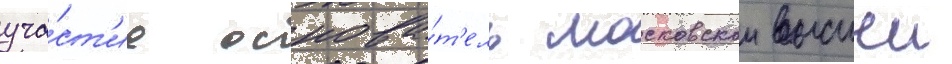
уча́ст'ие основа́т'ель московскои высшеи